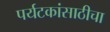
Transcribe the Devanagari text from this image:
पर्यटकांसाठीचा